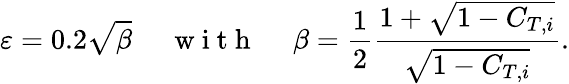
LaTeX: \varepsilon=0.2\sqrt{\beta}\mathrm{~\quad~w~i~t~h~\quad~}\beta=\frac{1}{2}\frac{1+\sqrt{1-C_{T,i}}}{\sqrt{1-C_{T,i}}}.